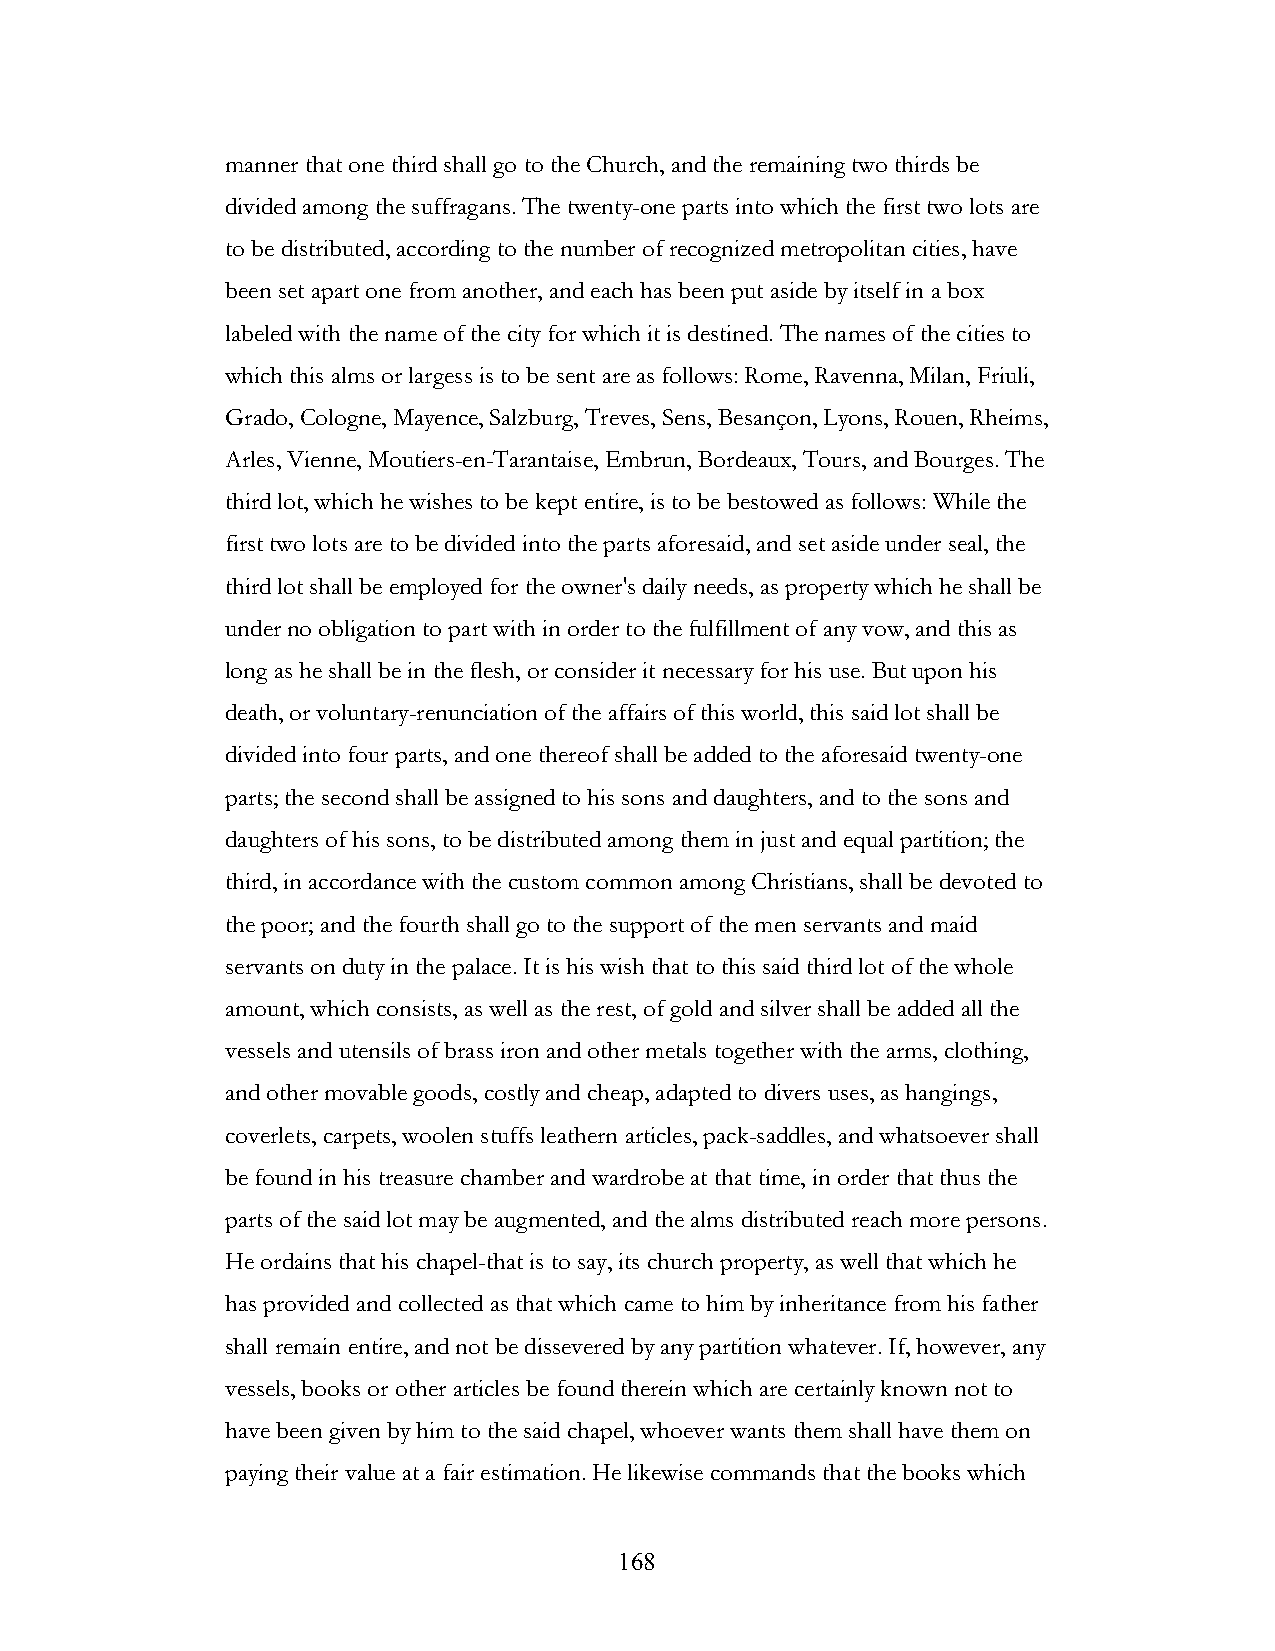
manner that one third shall go to the Church, and the remaining two thirds be
 divided among the suffragans. The twenty-one parts into which the first two lots are
 to be distributed, according to the number of recognized metropolitan cities, have
 been set apart one from another, and each has been put aside by itself in a box
 labeled with the name of the city for which it is destined. The names of the cities to
 which this alms or largess is to be sent are as follows: Rome, Ravenna, Milan, Friuli,
 Grado, Cologne, Mayence, Salzburg, Treves, Sens, Besançon, Lyons, Rouen, Rheims,
 Arles, Vienne, Moutiers-en-Tarantaise, Embrun, Bordeaux, Tours, and Bourges. The
 third lot, which he wishes to be kept entire, is to be bestowed as follows: While the
 first two lots are to be divided into the parts aforesaid, and set aside under seal, the
 third lot shall be employed for the owner's daily needs, as property which he shall be
 under no obligation to part with in order to the fulfillment of any vow, and this as
 long as he shall be in the flesh, or consider it necessary for his use. But upon his
 death, or voluntary-renunciation of the affairs of this world, this said lot shall be
 divided into four parts, and one thereof shall be added to the aforesaid twenty-one
 parts; the second shall be assigned to his sons and daughters, and to the sons and
 daughters of his sons, to be distributed among them in just and equal partition; the
 third, in accordance with the custom common among Christians, shall be devoted to
 the poor; and the fourth shall go to the support of the men servants and maid
 servants on duty in the palace. It is his wish that to this said third lot of the whole
 amount, which consists, as well as the rest, of gold and silver shall be added all the
 vessels and utensils of brass iron and other metals together with the arms, clothing,
 and other movable goods, costly and cheap, adapted to divers uses, as hangings,
 coverlets, carpets, woolen stuffs leathern articles, pack-saddles, and whatsoever shall
 be found in his treasure chamber and wardrobe at that time, in order that thus the
 parts of the said lot may be augmented, and the alms distributed reach more persons.
 He ordains that his chapel-that is to say, its church property, as well that which he
 has provided and collected as that which came to him by inheritance from his father
 shall remain entire, and not be dissevered by any partition whatever. If, however, any
 vessels, books or other articles be found therein which are certainly known not to
 have been given by him to the said chapel, whoever wants them shall have them on
 paying their value at a fair estimation. He likewise commands that the books which
 !                         168